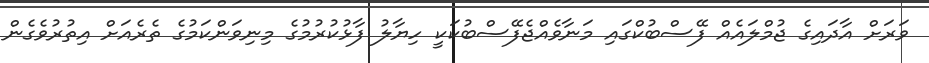
ވަރަށް އާދައިގެ ޖުމްލައެއް ފޭސްބުކްގައި މަނާވެއްޖެފޭސްބުކަކީ ހިޔާލު ފާޅުކުރުމުގެ މިނިވަންކަމުގެ ތެރެއަށް އިތުރުވެގެން